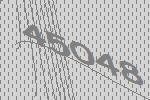
45048